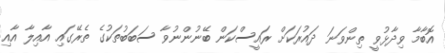
އޮބާމާ ވިދާޅުވީ ތިންވަނަ ދައުރަކަށް ރައީސްކަން ބޭނުންނުވާ ސަބަބުތަކުގެ ތެރޭގައި އާއިލާ އާއި